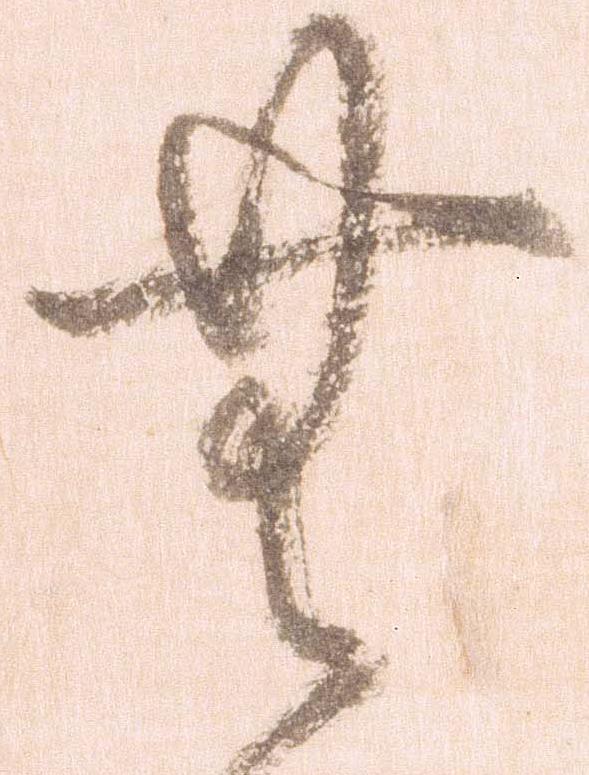
無